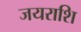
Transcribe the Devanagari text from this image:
जयराशि